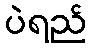
ပဲရည်